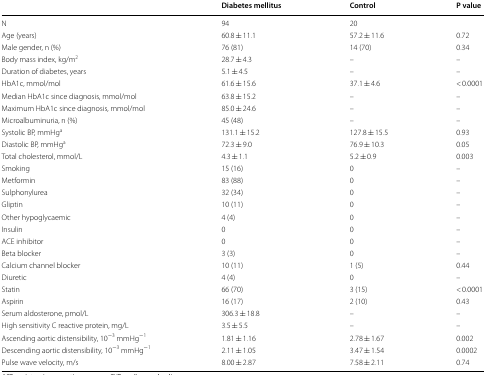
<table><thead><tr><td></td><td><b>Diabetes mellitus</b></td><td><b>Control</b></td><td><b>P value</b></td></tr></thead><tbody><tr><td>N</td><td>94</td><td>20</td><td></td></tr><tr><td>Age (years)</td><td>60.8 ± 11.1</td><td>57.2 ± 11.6</td><td>0.72</td></tr><tr><td>Male gender, n (%)</td><td>76 (81)</td><td>14 (70)</td><td>0.34</td></tr><tr><td>Body mass index, kg/m<sup>2</sup></td><td>28.7 ± 4.3</td><td>–</td><td>–</td></tr><tr><td>Duration of diabetes, years</td><td>5.1 ± 4.5</td><td>–</td><td>–</td></tr><tr><td>HbA1c, mmol/mol</td><td>61.6 ± 15.6</td><td>37.1 ± 4.6</td><td>&lt; 0.0001</td></tr><tr><td>Median HbA1c since diagnosis, mmol/mol</td><td>63.8 ± 15.2</td><td>–</td><td>–</td></tr><tr><td>Maximum HbA1c since diagnosis, mmol/mol</td><td>85.0 ± 24.6</td><td>–</td><td>–</td></tr><tr><td>Microalbuminuria, n (%)</td><td>45 (48)</td><td>–</td><td>–</td></tr><tr><td>Systolic BP, mmHg<sup>a</sup></td><td>131.1 ± 15.2</td><td>127.8 ± 15.5</td><td>0.93</td></tr><tr><td>Diastolic BP, mmHg<sup>a</sup></td><td>72.3 ± 9.0</td><td>76.9 ± 10.3</td><td>0.05</td></tr><tr><td>Total cholesterol, mmol/L</td><td>4.3 ± 1.1</td><td>5.2 ± 0.9</td><td>0.003</td></tr><tr><td>Smoking</td><td>15 (16)</td><td>0</td><td>–</td></tr><tr><td>Metformin</td><td>83 (88)</td><td>0</td><td>–</td></tr><tr><td>Sulphonylurea</td><td>32 (34)</td><td>0</td><td>–</td></tr><tr><td>Gliptin</td><td>10 (11)</td><td>0</td><td>–</td></tr><tr><td>Other hypoglycaemic</td><td>4 (4)</td><td>0</td><td>–</td></tr><tr><td>Insulin</td><td>0</td><td>0</td><td>–</td></tr><tr><td>ACE inhibitor</td><td>0</td><td>0</td><td>–</td></tr><tr><td>Beta blocker</td><td>3 (3)</td><td>0</td><td>–</td></tr><tr><td>Calcium channel blocker</td><td>10 (11)</td><td>1 (5)</td><td>0.44</td></tr><tr><td>Diuretic</td><td>4 (4)</td><td>0</td><td>–</td></tr><tr><td>Statin</td><td>66 (70)</td><td>3 (15)</td><td>&lt; 0.0001</td></tr><tr><td>Aspirin</td><td>16 (17)</td><td>2 (10)</td><td>0.43</td></tr><tr><td>Serum aldosterone, pmol/L</td><td>306.3 ± 18.8</td><td>–</td><td>–</td></tr><tr><td>High sensitivity C reactive protein, mg/L</td><td>3.5 ± 5.5</td><td>–</td><td>–</td></tr><tr><td>Ascending aortic distensibility, 10<sup>−3</sup> mmHg<sup>−1</sup></td><td>1.81 ± 1.16</td><td>2.78 ± 1.67</td><td>0.002</td></tr><tr><td>Descending aortic distensibility, 10<sup>−3</sup> mmHg<sup>−1</sup></td><td>2.11 ± 1.05</td><td>3.47 ± 1.54</td><td>0.0002</td></tr><tr><td>Pulse wave velocity, m/s</td><td>8.00 ± 2.87</td><td>7.58 ± 2.11</td><td>0.74</td></tr></tbody></table>